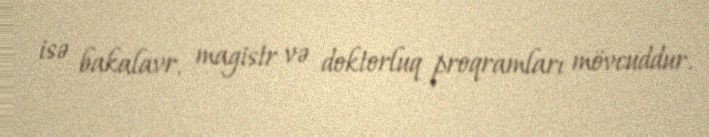
isə bakalavr, magistr və doktorluq proqramları mövcuddur.